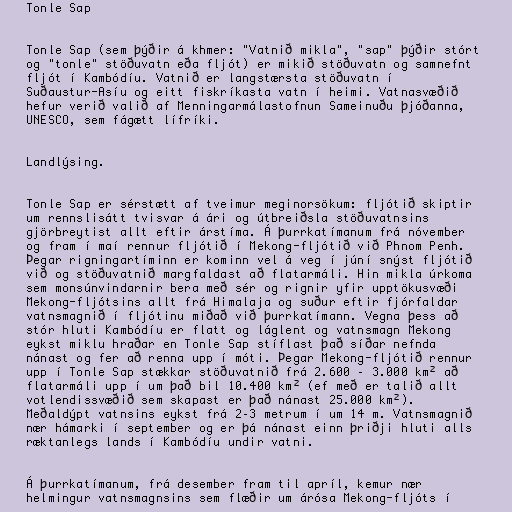
Tonle Sap

Tonle Sap (sem þýðir á khmer: "Vatnið mikla", "sap" þýðir stórt
og "tonle" stöðuvatn eða fljót) er mikið stöðuvatn og samnefnt
fljót í Kambódíu. Vatnið er langstærsta stöðuvatn í
Suðaustur-Asíu og eitt fiskríkasta vatn í heimi. Vatnasvæðið
hefur verið valið af Menningarmálastofnun Sameinuðu þjóðanna,
UNESCO, sem fágætt lífríki.

Landlýsing.

Tonle Sap er sérstætt af tveimur meginorsökum: fljótið skiptir
um rennslisátt tvisvar á ári og útbreiðsla stöðuvatnsins
gjörbreytist allt eftir árstíma. Á þurrkatímanum frá nóvember
og fram í maí rennur fljótið í Mekong-fljótið við Phnom Penh.
Þegar rigningartíminn er kominn vel á veg í júní snýst fljótið
við og stöðuvatnið margfaldast að flatarmáli. Hin mikla úrkoma
sem monsúnvindarnir bera með sér og rignir yfir upptökusvæði
Mekong-fljótsins allt frá Himalaja og suður eftir fjórfaldar
vatnsmagnið í fljótinu miðað við þurrkatímann. Vegna þess að
stór hluti Kambódíu er flatt og láglent og vatnsmagn Mekong
eykst miklu hraðar en Tonle Sap stíflast það síðar nefnda
nánast og fer að renna upp í móti. Þegar Mekong-fljótið rennur
upp í Tonle Sap stækkar stöðuvatnið frá 2.600 – 3.000 km² að
flatarmáli upp í um það bil 10.400 km² (ef með er talið allt
votlendissvæðið sem skapast er það nánast 25.000 km²).
Meðaldýpt vatnsins eykst frá 2–3 metrum í um 14 m. Vatnsmagnið
nær hámarki í september og er þá nánast einn þriðji hluti alls
ræktanlegs lands í Kambódíu undir vatni.

Á þurrkatímanum, frá desember fram til apríl, kemur nær
helmingur vatnsmagnsins sem flæðir um árósa Mekong-fljóts í